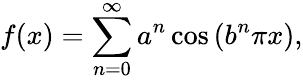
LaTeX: f(x)=\sum_{n=0}^{\infty}a^{n}\cos\left(b^{n}\pi x\right),